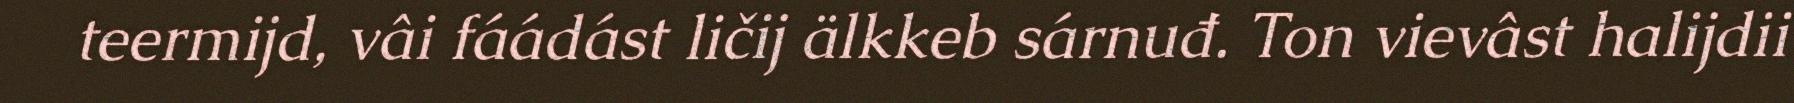
teermijd, vâi fáádást ličij älkkeb sárnuđ. Ton vievâst halijdii